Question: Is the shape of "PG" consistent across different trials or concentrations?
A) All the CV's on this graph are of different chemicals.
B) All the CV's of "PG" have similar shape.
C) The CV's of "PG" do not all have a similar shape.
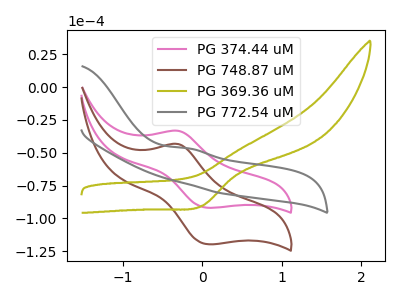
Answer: <think>The pink curve "PG 374.44 uM" has an anodic peak at (-0.30V, -33.25uA) and a cathodic peak at (0.05V, -91.90uA). The brown curve "PG 748.87 uM" has an anodic peak at (-0.30V, -43.30uA) and a cathodic peak at (0.05V, -119.65uA). The olive curve "PG 369.36 uM" has a cathodic peak at: (0.00V, -90.40uA). The gray curve "PG 772.54 uM" has an anodic peak at: (-0.20V, -46.60uA).
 All the peaks in "PG 374.44 uM" have a peak in "PG 748.87 uM" at the same potential. "PG 374.44 uM" and "PG 369.36 uM" have a different number of peaks. "PG 374.44 uM" and "PG 772.54 uM" have a different number of peaks. "PG 748.87 uM" and "PG 369.36 uM" have a different number of peaks. "PG 748.87 uM" and "PG 772.54 uM" have a different number of peaks. "PG 369.36 uM" and "PG 772.54 uM" have at least one peak that do not match.</think>
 <answer>B) All the CV's of "PG" have similar shape.</answer>
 <eval>B</eval>